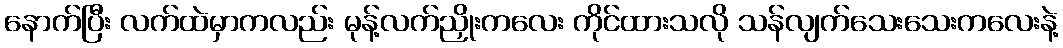
နောက်ပြီး လက်ထဲမှာကလည်း မုန့်လက်ညှိုးကလေး ကိုင်ထားသလို သန်လျက်သေးသေးကလေးနဲ့